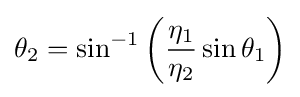
\theta _{2}=\sin ^{-1}\left({\frac {\eta _{1}}{\eta _{2}}}\sin \theta _{1}\right)